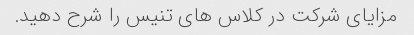
مزایای شرکت در کلاس های تنیس را شرح دهید.